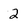
Character: 2